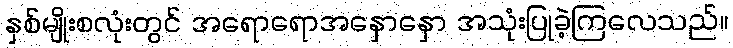
နှစ်မျိုးစလုံးတွင် အရောရောအနှောနှော အသုံးပြုခဲ့ကြလေသည်။